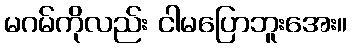
မဂမ်ကိုလည်း ငါမပြောဘူးအေး။